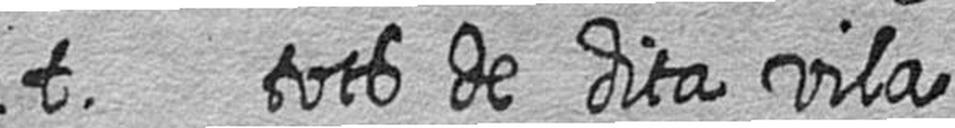
t tots de dita vila